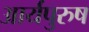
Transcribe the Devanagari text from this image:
आर्यपुरुष